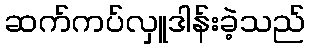
ဆက်ကပ်လှူဒါန်းခဲ့သည်